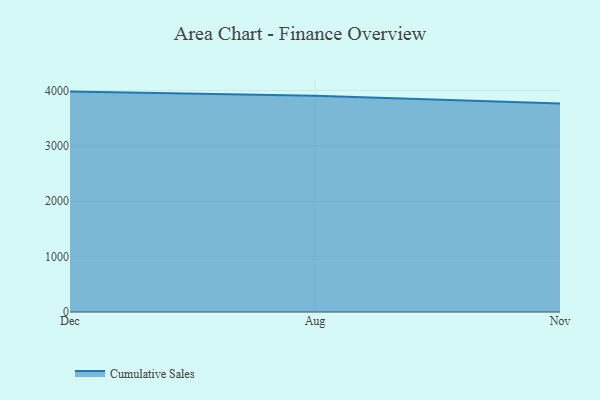
{"axis": {"x": "Month", "y": "Operating Costs (USD K)"}, "legend": ["Cumulative Sales"], "data": [{"x": "Dec", "y": 3978.9, "type": "Cumulative Sales"}, {"x": "Aug", "y": 3904.7, "type": "Cumulative Sales"}, {"x": "Nov", "y": 3763.4, "type": "Cumulative Sales"}]}